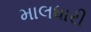
માલધારી